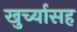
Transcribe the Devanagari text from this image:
खुर्च्यासह